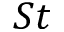
S t